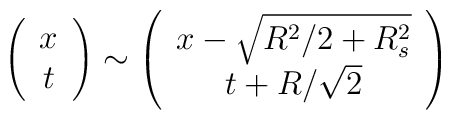
\left(\begin{array}{c}x\\t\end{array} \right) \sim\left(\begin{array}{c}x-\sqrt{R^2/2 + R_s^2}\\t+ R/\sqrt{2}\end{array} \right)